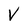
Character: V